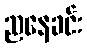
ညနေခင်း